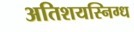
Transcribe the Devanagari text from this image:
अतिशयस्निग्ध